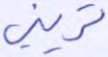
تريني